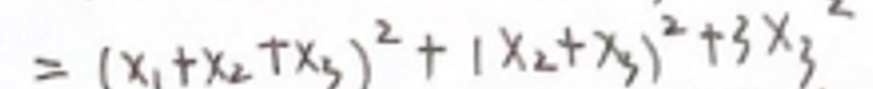
$ = ( x _ { 1 } + x _ { 2 } + x _ { 3 } ) ^ { 2 } + ( x _ { 2 } + x _ { 3 } ) ^ { 2 } + 3 x _ { 3 } ^ { 2 } $